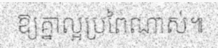
ឱ្យគ្នាល្អប្រពៃណាស់៕